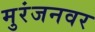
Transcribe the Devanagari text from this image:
मुरंजनवर